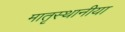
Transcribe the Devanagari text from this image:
मातृस्थानीया